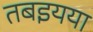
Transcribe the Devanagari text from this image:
तबइयया